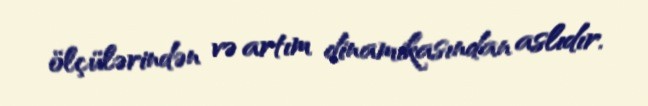
ölçülərindən və artım dinamikasından aslıdır.